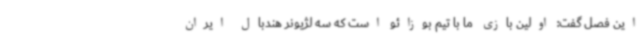
این فصل گفت: اولین بازی ما با تیم بوزائو است که سه لژیونر هندبال ایران